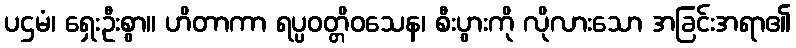
ပဌမံ၊ ရှေးဦးစွာ။ ဟိတာကာ ရပ္ပဝတ္တိဝသေန၊ စီးပွားကို လိုလားသော အခြင်းအရာ၏